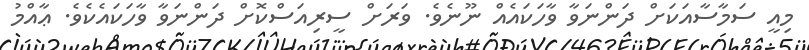
މިއީ ސަމާސާއަކަށް ދަންނަވާ ވާހަކައެއް ނޫނެވެ. ވަރަށް ސީރިއަސްކޮށް ދަންނަވާ ވާހަކައެކެވެ. ޢާއްމު